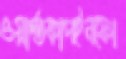
ওয়ার্ল্ডকাপইনফো